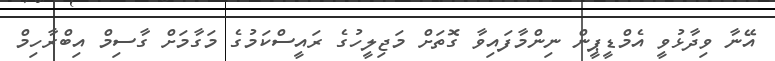
އޭނާ ވިދާޅުވީ އެމްޑީޕީން ނިންމާފައިވާ ގޮތަށް މަޖިލީހުގެ ރައީސްކަމުގެ މަގާމަށް ގާސިމް އިބްރާހިމް